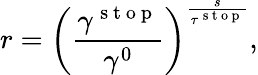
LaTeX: r={\left(\frac{\gamma^{\mathrm{~s~t~o~p~}}}{\gamma^{0}}\right)}^{\frac{s}{\tau^{\mathrm{~s~t~o~p~}}}},